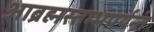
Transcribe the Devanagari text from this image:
आब्रह्मस्तम्भपर्यन्तं